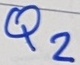
Text: Q2